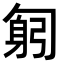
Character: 匑